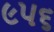
૯૫૬